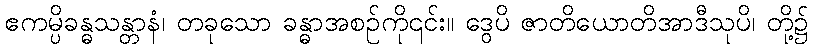
ဧကမ္ပိခန္ဓသန္တာနံ၊ တခုသော ခန္ဓာအစဉ်ကို၎င်း။ ဒွေပိ ဇာတိယောတိအာဒီသုပိ၊ တို့၌